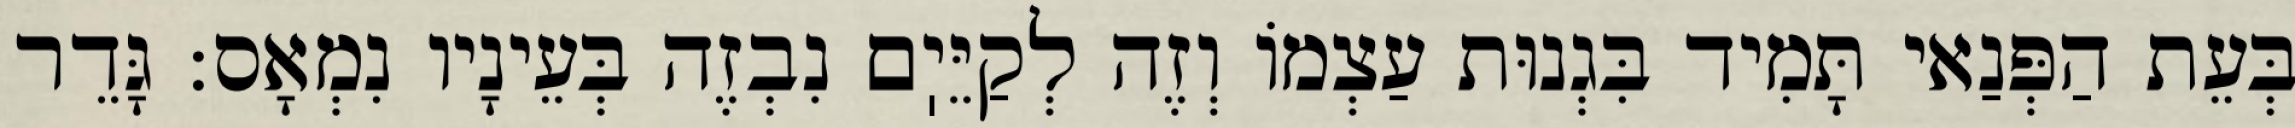
בְּעֵת הַפְּנַאי תָּמִיד בִּגְנוּת עַצְמוֹ וְזֶה לְקַיֵּיֽם נִבְזֶה בְּעֵינָיו נִמְאָס: גָּדֵר